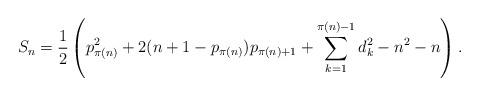
LaTeX: \begin{align*} S_n= \frac1{2}\left(p_{\pi(n)}^2+ 2(n+1-p_{\pi(n)}) p_{\pi(n)+1}+\sum_{k=1}^{\pi(n)-1} d_k^2 -n^2-n \right).\end{align*}